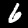
Digit: 6